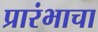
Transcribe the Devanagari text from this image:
प्रारंभाचा